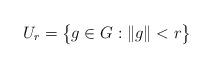
LaTeX: \begin{align*} U_r = \bigl\{ g \in G : \|g\| < r \bigr\}\end{align*}